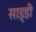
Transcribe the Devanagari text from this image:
साड्डी